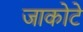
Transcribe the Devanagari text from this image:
जाकोटे